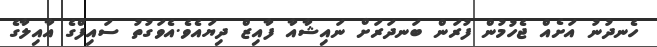
ހެނދުނު އަށެއް ޖެހުމުން ފުރަން ބަނދަރަށް ނައިޝާއާ ފާއިޒް ދިޔައެެވެ.އެވަގުތު ސައިފްގެ އާއިލާގެ